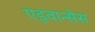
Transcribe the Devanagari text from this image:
एड्वान्सेस